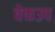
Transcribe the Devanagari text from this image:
वेकउप